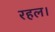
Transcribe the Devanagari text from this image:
रहल।